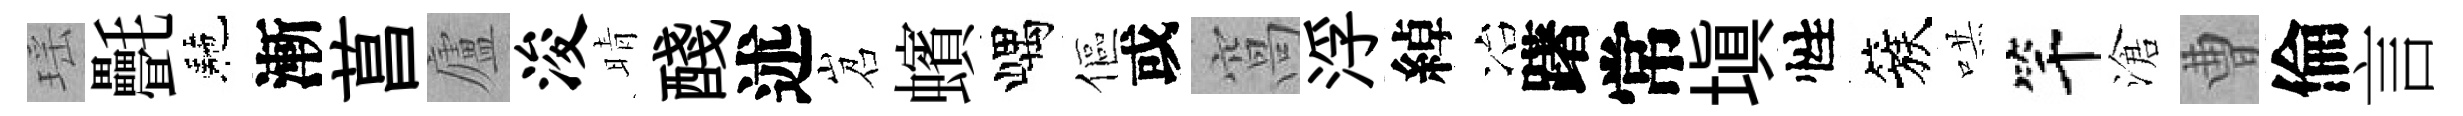
瑶㲲駰漸菖廬浚晴醆述岧蠙嵎傴或窩浮綽冶躇常填性簇哄竿滄曹倫言